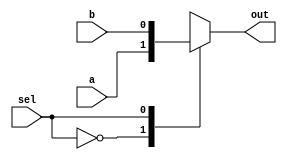
module top_module( 
    input a, b, sel,
    output out ); 
    always @(a,b,sel)
        begin
            case(sel)
                
                    0:out=a;
                    1:out=b;
                
            endcase
        end
endmodule